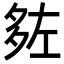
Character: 𡖠